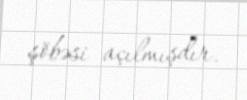
şöbəsi açılmışdır.